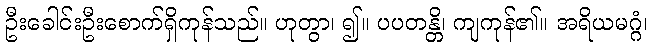
ဦးခေါင်းဦးစောက်ရှိကုန်သည်။ ဟုတွာ၊ ၍။ ပပတန္တိ၊ ကျကုန်၏။ အရိယမဂ္ဂံ၊